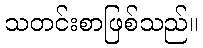
သတင်းစာဖြစ်သည်။